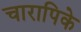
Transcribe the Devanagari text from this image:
चारापिके